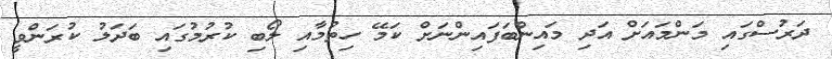
ދަރުސްގައި މަންމައަށް އަދި މައިންބަފައިންނަށް ކަމޭ ހިތުމާއި ލޯބި ކުރުމުގައި ބަދަލު ކުރަންވީ